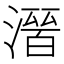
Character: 𭲒